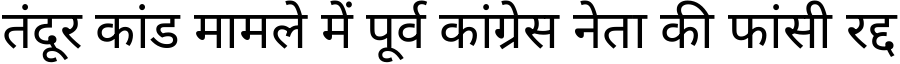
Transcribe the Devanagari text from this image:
तंदूर कांड मामले में पूर्व कांग्रेस नेता की फांसी रद्द